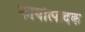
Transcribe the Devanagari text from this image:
कार्योत्पादक